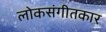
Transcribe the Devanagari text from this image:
लोकसंगीतकार